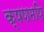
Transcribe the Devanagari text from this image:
क्षणमपि